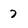
Character: 7